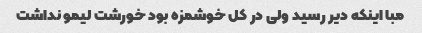
مبا اینکه دیر رسید ولی در کل خوشمزه بود خورشت لیمو نداشت